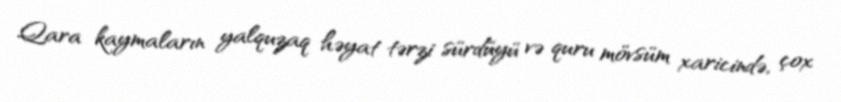
Qara kaymaların yalquzaq həyat tərzi sürdüyü və quru mövsüm xaricində, çox